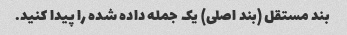
بند مستقل (بند اصلی) یک جمله داده شده را پیدا کنید.